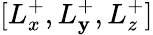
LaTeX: [L_{x}^{+},L_{\mathbf{y}}^{+},L_{z}^{+}]